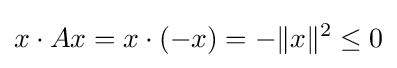
x\cdot Ax=x\cdot (-x)=-\|x\|^{2}\leq 0